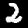
Digit: 2